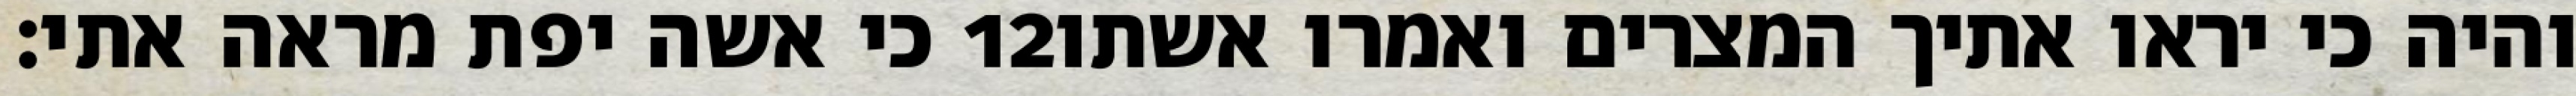
כי אשה יפת מראה אתי׃ ‎12‏ והיה כי יראו אתיך המצרים ואמרו אשתו